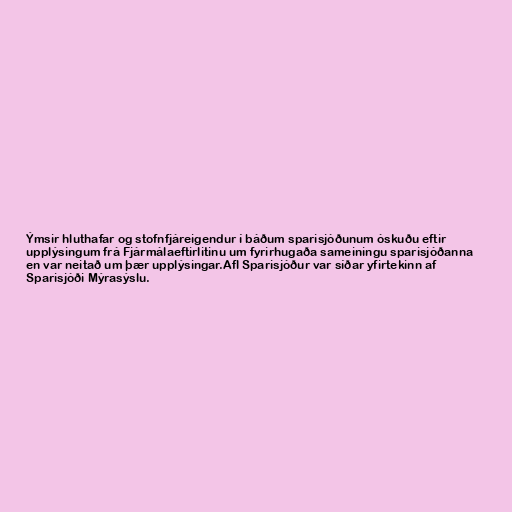
Ýmsir hluthafar og stofnfjáreigendur í báðum sparisjóðunum óskuðu eftir
upplýsingum frá Fjármálaeftirlitinu um fyrirhugaða sameiningu sparisjóðanna
en var neitað um þær upplýsingar.Afl Sparisjóður var síðar yfirtekinn af
Sparisjóði Mýrasýslu.